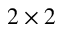
2 \times 2